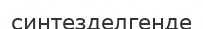
синтезделгенде